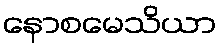
နောစမေသိယာ